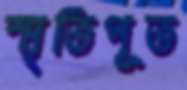
স্মৃতিপূত